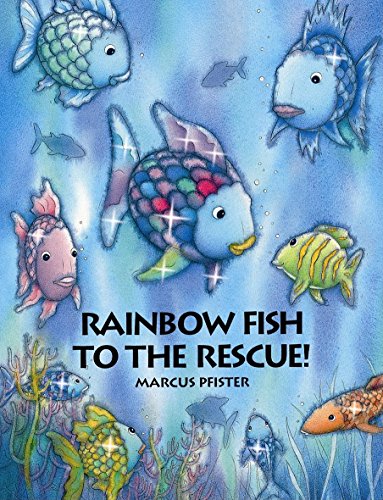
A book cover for Rainbow Fish to the Rescue!; Marcus Pfister; Children's Books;